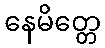
နေမိတ္တေ